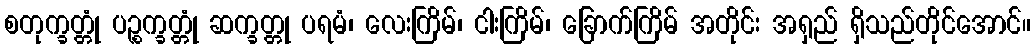
စတုက္ခတ္တုံ ပဉ္စက္ခတ္တုံ ဆက္ခတ္တု ပရမံ၊ လေးကြိမ်၊ ငါးကြိမ်၊ ခြောက်ကြိမ် အတိုင်း အရှည် ရှိသည်တိုင်အောင်။